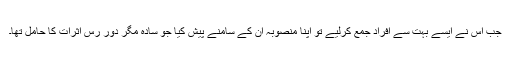
جب اس نے ایسے بہت سے افراد جمع کرلیے تو اپنا منصوبہ ان کے سامنے پیش کیا جو سادہ مگر دور رس اثرات کا حامل تھا۔